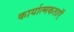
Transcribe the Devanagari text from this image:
कार्यात्मकताऍ